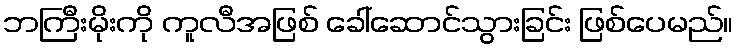
ဘကြီးမိုးကို ကူလီအဖြစ် ခေါ်ဆောင်သွားခြင်း ဖြစ်ပေမည်။